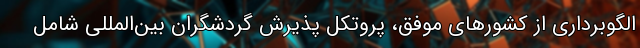
الگوبرداری از کشورهای موفق، پروتکل پذیرش گردشگران بین‌المللی شامل